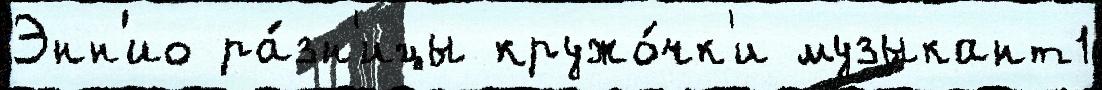
Энн'ио ра́зн'ицы кружо́чк'и музыкант1